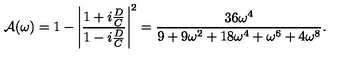
{ \cal A } ( \omega ) = 1 - \left| { \frac { 1 + i { \frac { D } { C } } } { 1 - i { \frac { D } { C } } } } \right| ^ { 2 } = { \frac { 3 6 \omega ^ { 4 } } { 9 + 9 \omega ^ { 2 } + 1 8 \omega ^ { 4 } + \omega ^ { 6 } + 4 \omega ^ { 8 } } } .